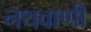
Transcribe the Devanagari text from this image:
नथवाणी